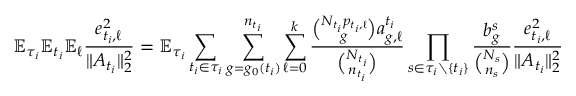
\mathbb { E } _ { \tau _ { i } } \mathbb { E } _ { t _ { i } } \mathbb { E } _ { \ell } \frac { e _ { t _ { i } , \ell } ^ { 2 } } { \| A _ { t _ { i } } \| _ { 2 } ^ { 2 } } = \mathbb { E } _ { \tau _ { i } } \sum _ { { t _ { i } } \in \tau _ { i } } \sum _ { g = g _ { 0 } ( { t _ { i } } ) } ^ { n _ { t _ { i } } } \sum _ { \ell = 0 } ^ { k } \frac { \binom { N _ { t _ { i } } p _ { t _ { i } , \ell } } { g } a _ { g , \ell } ^ { t _ { i } } } { \binom { N _ { t _ { i } } } { n _ { t _ { i } } } } \prod _ { s \in \tau _ { i } \setminus \{ { t _ { i } } \} } \frac { b _ { g } ^ { s } } { \binom { N _ { s } } { n _ { s } } } \frac { e _ { { t _ { i } } , \ell } ^ { 2 } } { \| A _ { { t _ { i } } } \| _ { 2 } ^ { 2 } }